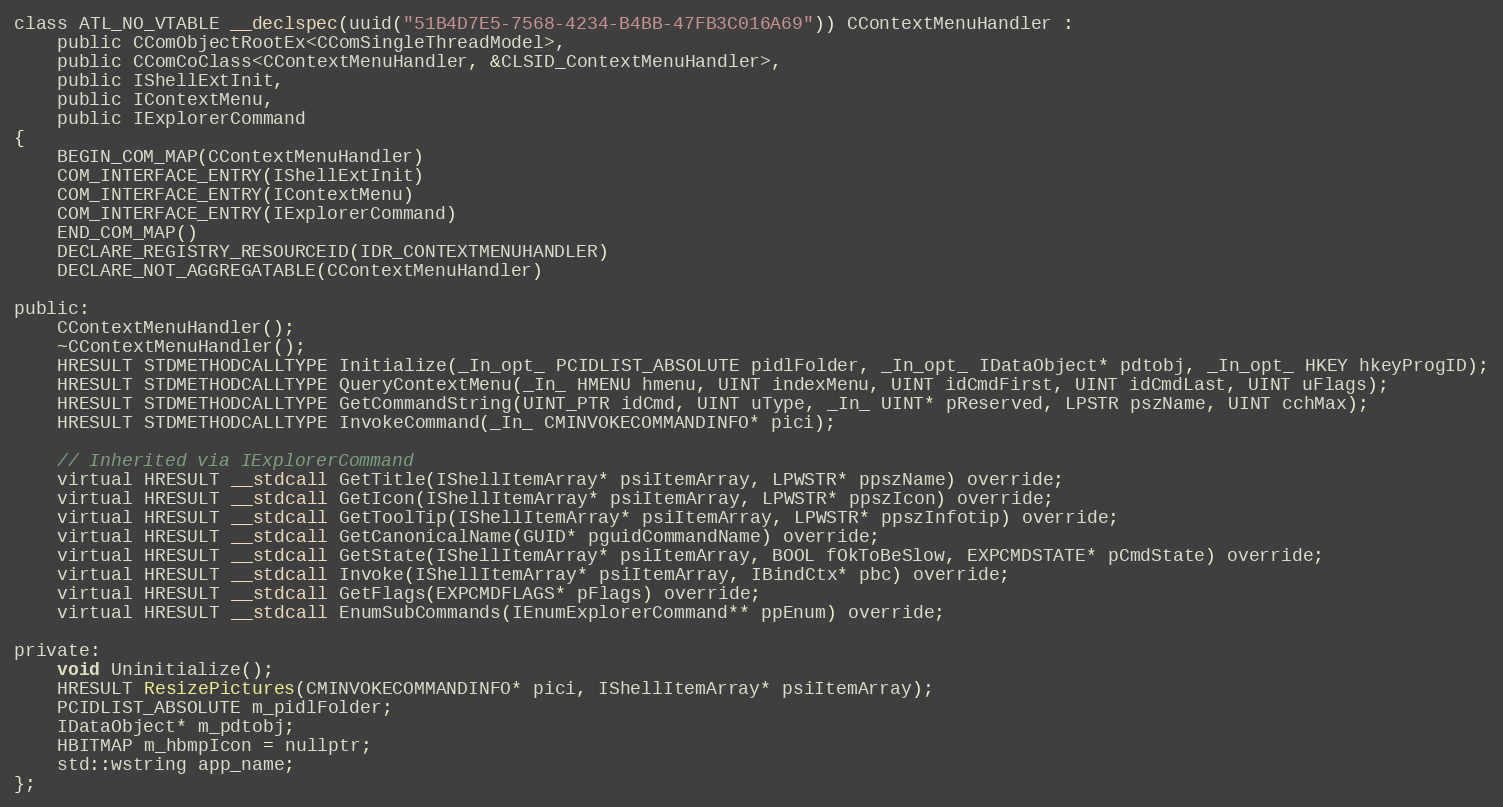
Language: C
class ATL_NO_VTABLE __declspec(uuid("51B4D7E5-7568-4234-B4BB-47FB3C016A69")) CContextMenuHandler :
    public CComObjectRootEx<CComSingleThreadModel>,
    public CComCoClass<CContextMenuHandler, &CLSID_ContextMenuHandler>,
    public IShellExtInit,
    public IContextMenu,
    public IExplorerCommand
{
    BEGIN_COM_MAP(CContextMenuHandler)
    COM_INTERFACE_ENTRY(IShellExtInit)
    COM_INTERFACE_ENTRY(IContextMenu)
    COM_INTERFACE_ENTRY(IExplorerCommand)
    END_COM_MAP()
    DECLARE_REGISTRY_RESOURCEID(IDR_CONTEXTMENUHANDLER)
    DECLARE_NOT_AGGREGATABLE(CContextMenuHandler)

public:
    CContextMenuHandler();
    ~CContextMenuHandler();
    HRESULT STDMETHODCALLTYPE Initialize(_In_opt_ PCIDLIST_ABSOLUTE pidlFolder, _In_opt_ IDataObject* pdtobj, _In_opt_ HKEY hkeyProgID);
    HRESULT STDMETHODCALLTYPE QueryContextMenu(_In_ HMENU hmenu, UINT indexMenu, UINT idCmdFirst, UINT idCmdLast, UINT uFlags);
    HRESULT STDMETHODCALLTYPE GetCommandString(UINT_PTR idCmd, UINT uType, _In_ UINT* pReserved, LPSTR pszName, UINT cchMax);
    HRESULT STDMETHODCALLTYPE InvokeCommand(_In_ CMINVOKECOMMANDINFO* pici);

    // Inherited via IExplorerCommand
    virtual HRESULT __stdcall GetTitle(IShellItemArray* psiItemArray, LPWSTR* ppszName) override;
    virtual HRESULT __stdcall GetIcon(IShellItemArray* psiItemArray, LPWSTR* ppszIcon) override;
    virtual HRESULT __stdcall GetToolTip(IShellItemArray* psiItemArray, LPWSTR* ppszInfotip) override;
    virtual HRESULT __stdcall GetCanonicalName(GUID* pguidCommandName) override;
    virtual HRESULT __stdcall GetState(IShellItemArray* psiItemArray, BOOL fOkToBeSlow, EXPCMDSTATE* pCmdState) override;
    virtual HRESULT __stdcall Invoke(IShellItemArray* psiItemArray, IBindCtx* pbc) override;
    virtual HRESULT __stdcall GetFlags(EXPCMDFLAGS* pFlags) override;
    virtual HRESULT __stdcall EnumSubCommands(IEnumExplorerCommand** ppEnum) override;

private:
    void Uninitialize();
    HRESULT ResizePictures(CMINVOKECOMMANDINFO* pici, IShellItemArray* psiItemArray);
    PCIDLIST_ABSOLUTE m_pidlFolder;
    IDataObject* m_pdtobj;
    HBITMAP m_hbmpIcon = nullptr;
    std::wstring app_name;
};